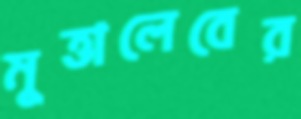
মুত্তালেবের